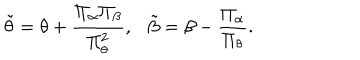
LaTeX: \tilde { \theta } = \theta + { \frac { \Pi _ { \alpha } \Pi _ { \beta } } { \Pi _ { \theta } ^ { 2 } } } , \tilde { \beta } = \beta - { \frac { \Pi _ { \alpha } } { \Pi _ { \theta } } } .